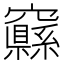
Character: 𱷜